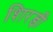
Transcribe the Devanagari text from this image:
शिरड़ी